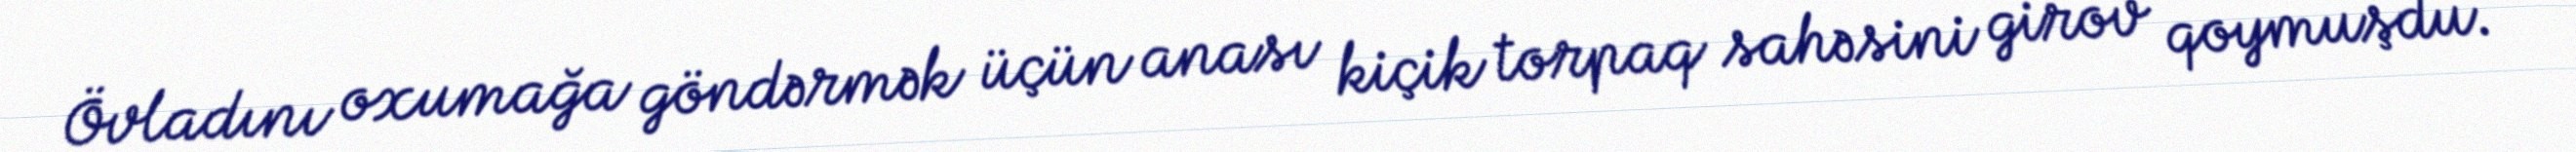
Övladını oxumağa göndərmək üçün anası kiçik torpaq sahəsini girov qoymuşdu.